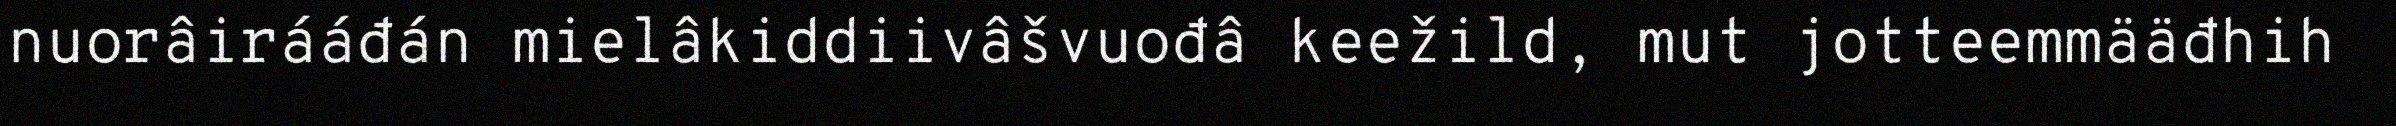
nuorâirááđán mielâkiddiivâšvuođâ keežild, mut jotteemmääđhih